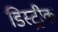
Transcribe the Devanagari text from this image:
डिस्ट्रीक